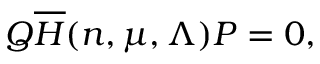
Q \overline { { { H } } } ( n , \mu , \Lambda ) P = 0 ,